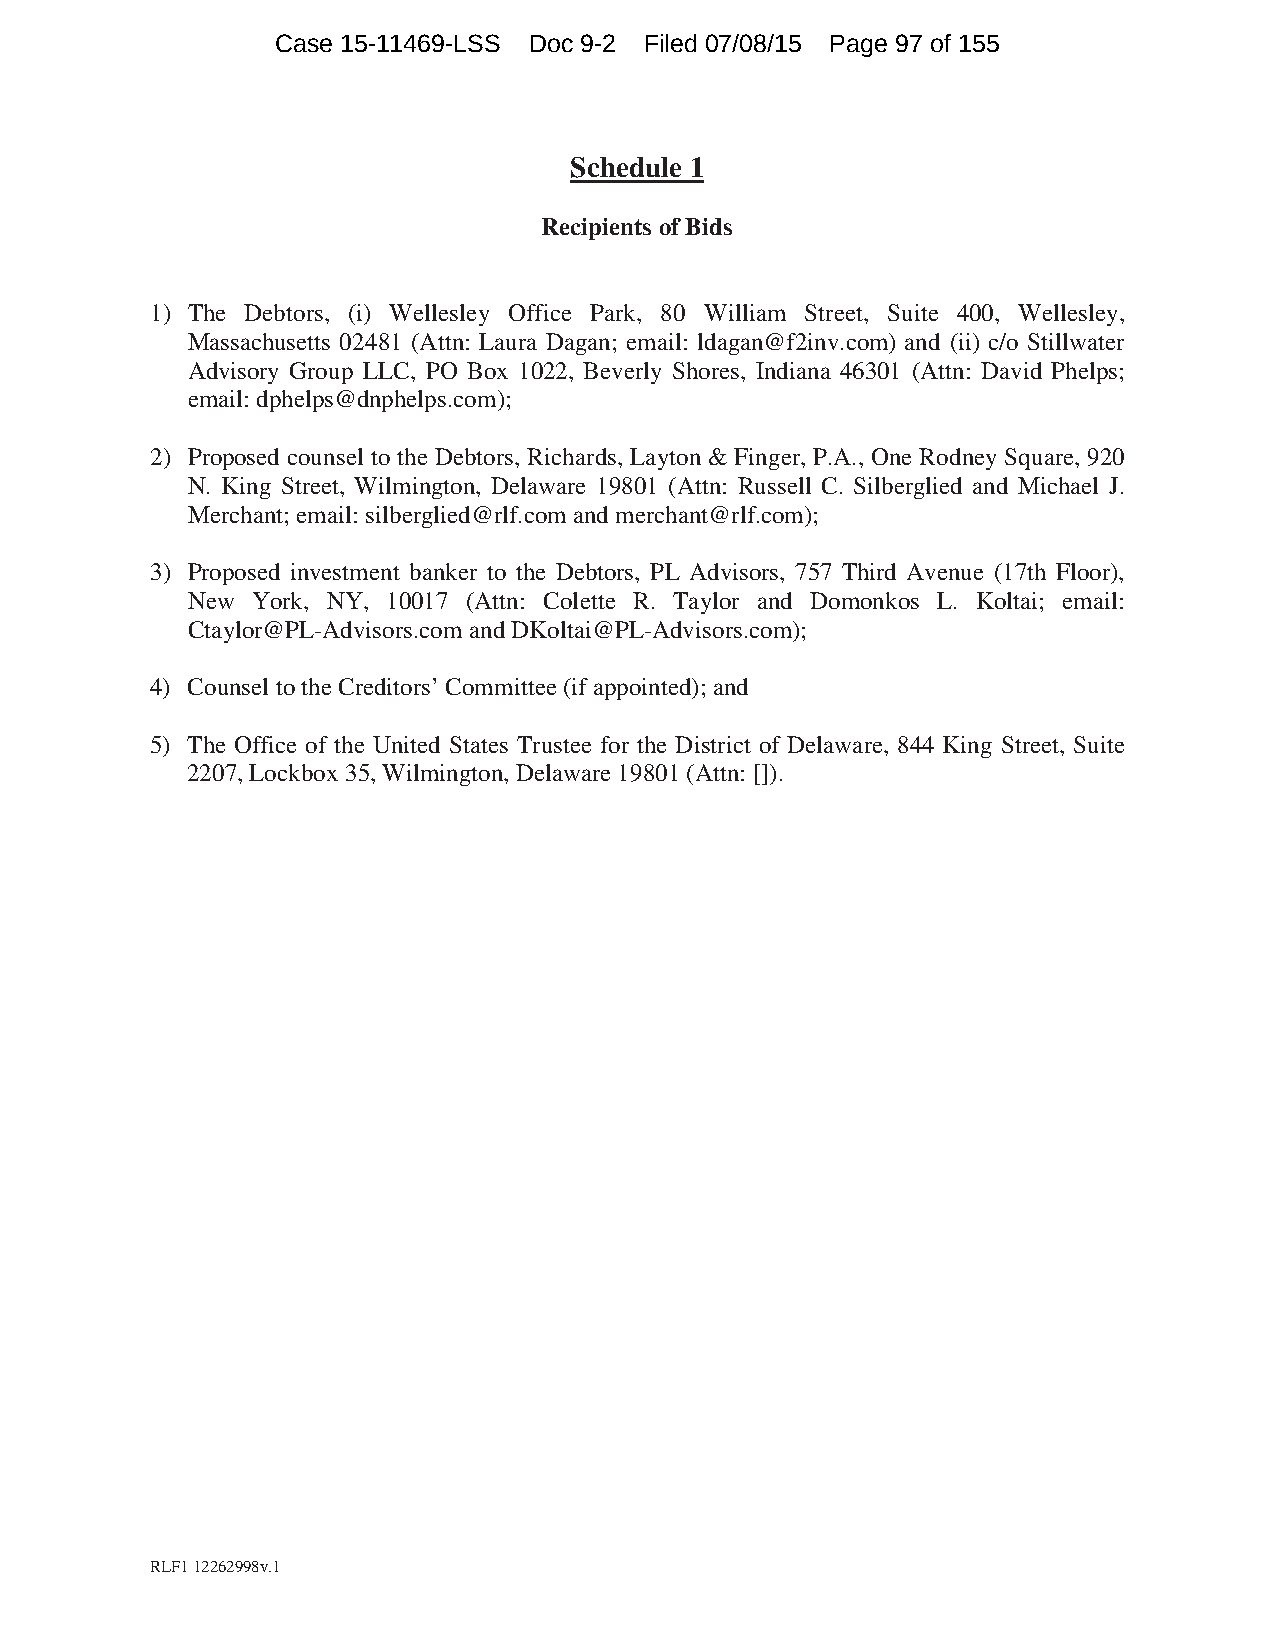
Case 15-11469-LSS Doc 9-2 Filed 07/08/15 Page 97 of 155
 Schedule 1
 Recipients of Bids
 1) The Debtors, (i) Wellesley Office Park, 80 William Street, Suite 400, Wellesley,
 Massachusetts 02481 (Attn: Laura Dagan; email: ldagan@f2inv.com) and (ii) c/o Stillwater
 Advisory Group LLC, PO Box 1022, Beverly Shores, Indiana 46301 (Attn: David Phelps;
 email: dphelps@dnphelps.com);
 2) Proposed counsel to the Debtors, Richards, Layton & Finger, P.A., One Rodney Square, 920
 N. King Street, Wilmington, Delaware 19801 (Attn: Russell C. Silberglied and Michael J.
 Merchant; email: silberglied@rlf.com and merchant@rlf.com);
 3) Proposed investment banker to the Debtors, PL Advisors, 757 Third Avenue (17th Floor),
 New  York, NY, 10017 (Attn: Colette R. Taylor and Domonkos L. Koltai; email:
 Ctaylor@PL-Advisors.com and DKoltai@PL-Advisors.com);
 4) Counsel to the Creditors’ Committee (if appointed); and
 5) The Office of the United States Trustee for the District of Delaware, 844 King Street, Suite
 2207, Lockbox 35, Wilmington, Delaware 19801 (Attn: []).
 RLF1 12262998v.1